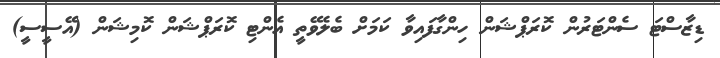
ޑިޒާސްޓަ ސެންޓަރުން ކޮރަޕްޝަން ހިންގާފައިވާ ކަމަށް ބެލެވޭތީ އެންޓި ކޮރަޕްޝަން ކޮމިޝަން (އޭސީސީ)